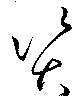
資